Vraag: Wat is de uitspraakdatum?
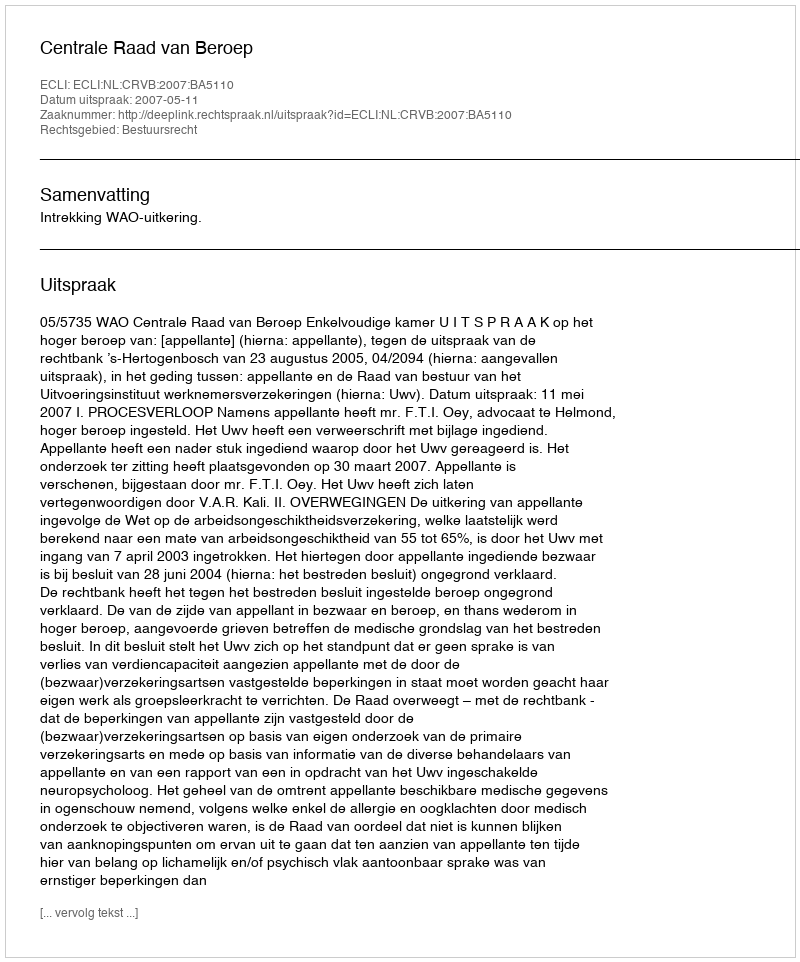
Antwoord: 2007-05-11